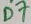
Text: D7